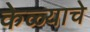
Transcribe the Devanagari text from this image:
केळ्याचे